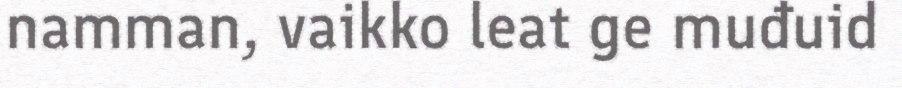
namman, vaikko leat ge muđuid